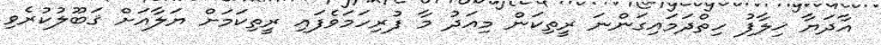
އާދަޔާ ޚިލާފު ހިތްދަމައިގަންނަ ރީތިކަން މިއަދު މާ ފުރިހަމަވެފައި ރީތިކަމަށް ޔަލާއަށް ޤަބޫލުކުރެވި